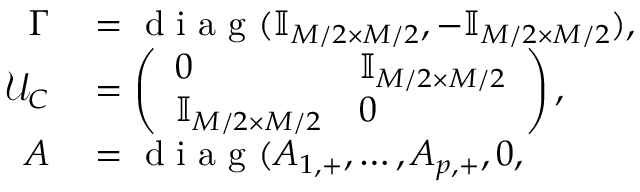
\begin{array} { r l } { \Gamma } & { { } = \mathrm { ~ d ~ i ~ a ~ g ~ } ( \mathbb { I } _ { M / 2 \times M / 2 } , - \mathbb { I } _ { M / 2 \times M / 2 } ) , } \\ { \mathcal { U } _ { C } } & { { } = \left( \begin{array} { l l } { 0 } & { \mathbb { I } _ { M / 2 \times M / 2 } } \\ { \mathbb { I } _ { M / 2 \times M / 2 } } & { 0 } \end{array} \right) , } \\ { A } & { { } = \mathrm { ~ d ~ i ~ a ~ g ~ } ( A _ { 1 , + } , \ldots , A _ { p , + } , 0 , } \end{array}